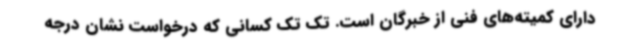
دارای کمیته‌های فنی از خبرگان است. تک تک کسانی که درخواست نشان درجه